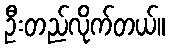
ဦးတည်လိုက်တယ်။